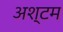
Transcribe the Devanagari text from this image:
अश्टम